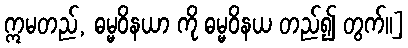
ဣမတည်, ဓမ္မဝိနယာ ကို ဓမ္မဝိနယ တည်၍ တွက်။]